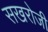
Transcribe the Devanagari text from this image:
सखरोजी